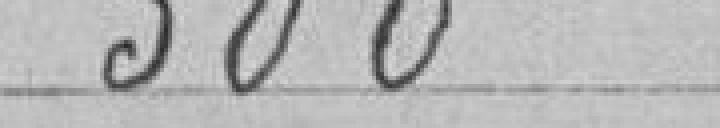
500 "